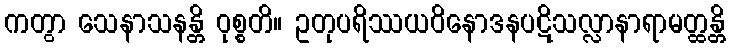
ကတွာ သေနာသနန္တိ ဝုစ္စတိ။ ဥတုပရိဿယဝိနောဒနပဋိသလ္လာနာရာမတ္ထန္တိ